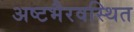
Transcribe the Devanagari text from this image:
अष्टभैरवस्थित